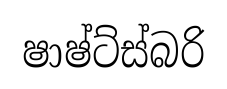
ෂාෂ්ට්ස්බරි